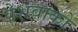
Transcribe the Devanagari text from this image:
पेशवाको